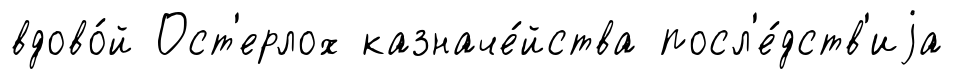
вдово́й Ост'ерлох казначе́йства посл'е́дств'иjа